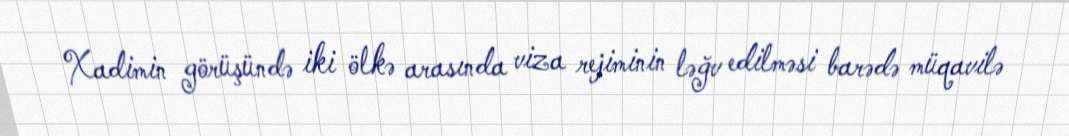
Xadimin görüşündə iki ölkə arasında viza rejiminin ləğv edilməsi barədə müqavilə